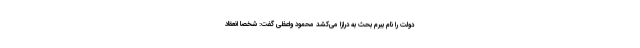
دولت را نام ببرم بحث به درازا می‌کشد محمود واعظی گفت: شخصا انعقاد